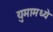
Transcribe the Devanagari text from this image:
युमामध्ये